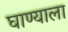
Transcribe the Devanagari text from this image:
घाण्याला